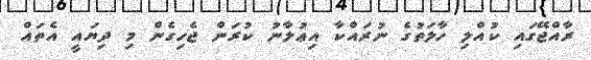
ރާއްޖޭގައި ކުއްލި ހާލަތުގެ ނުރައްކާ އިޢުލާނު ކުރަން ޖެހިގެން މި ދިޔައީ އެތައް